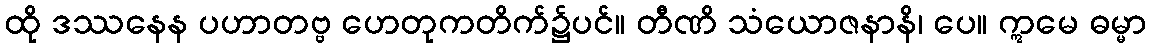
ထို ဒဿနေန ပဟာတဗ္ဗ ဟေတုကတိက်၌ပင်။ တီဏိ သံယောဇနာနိ၊ ပေ။ ဣမေ ဓမ္မာ